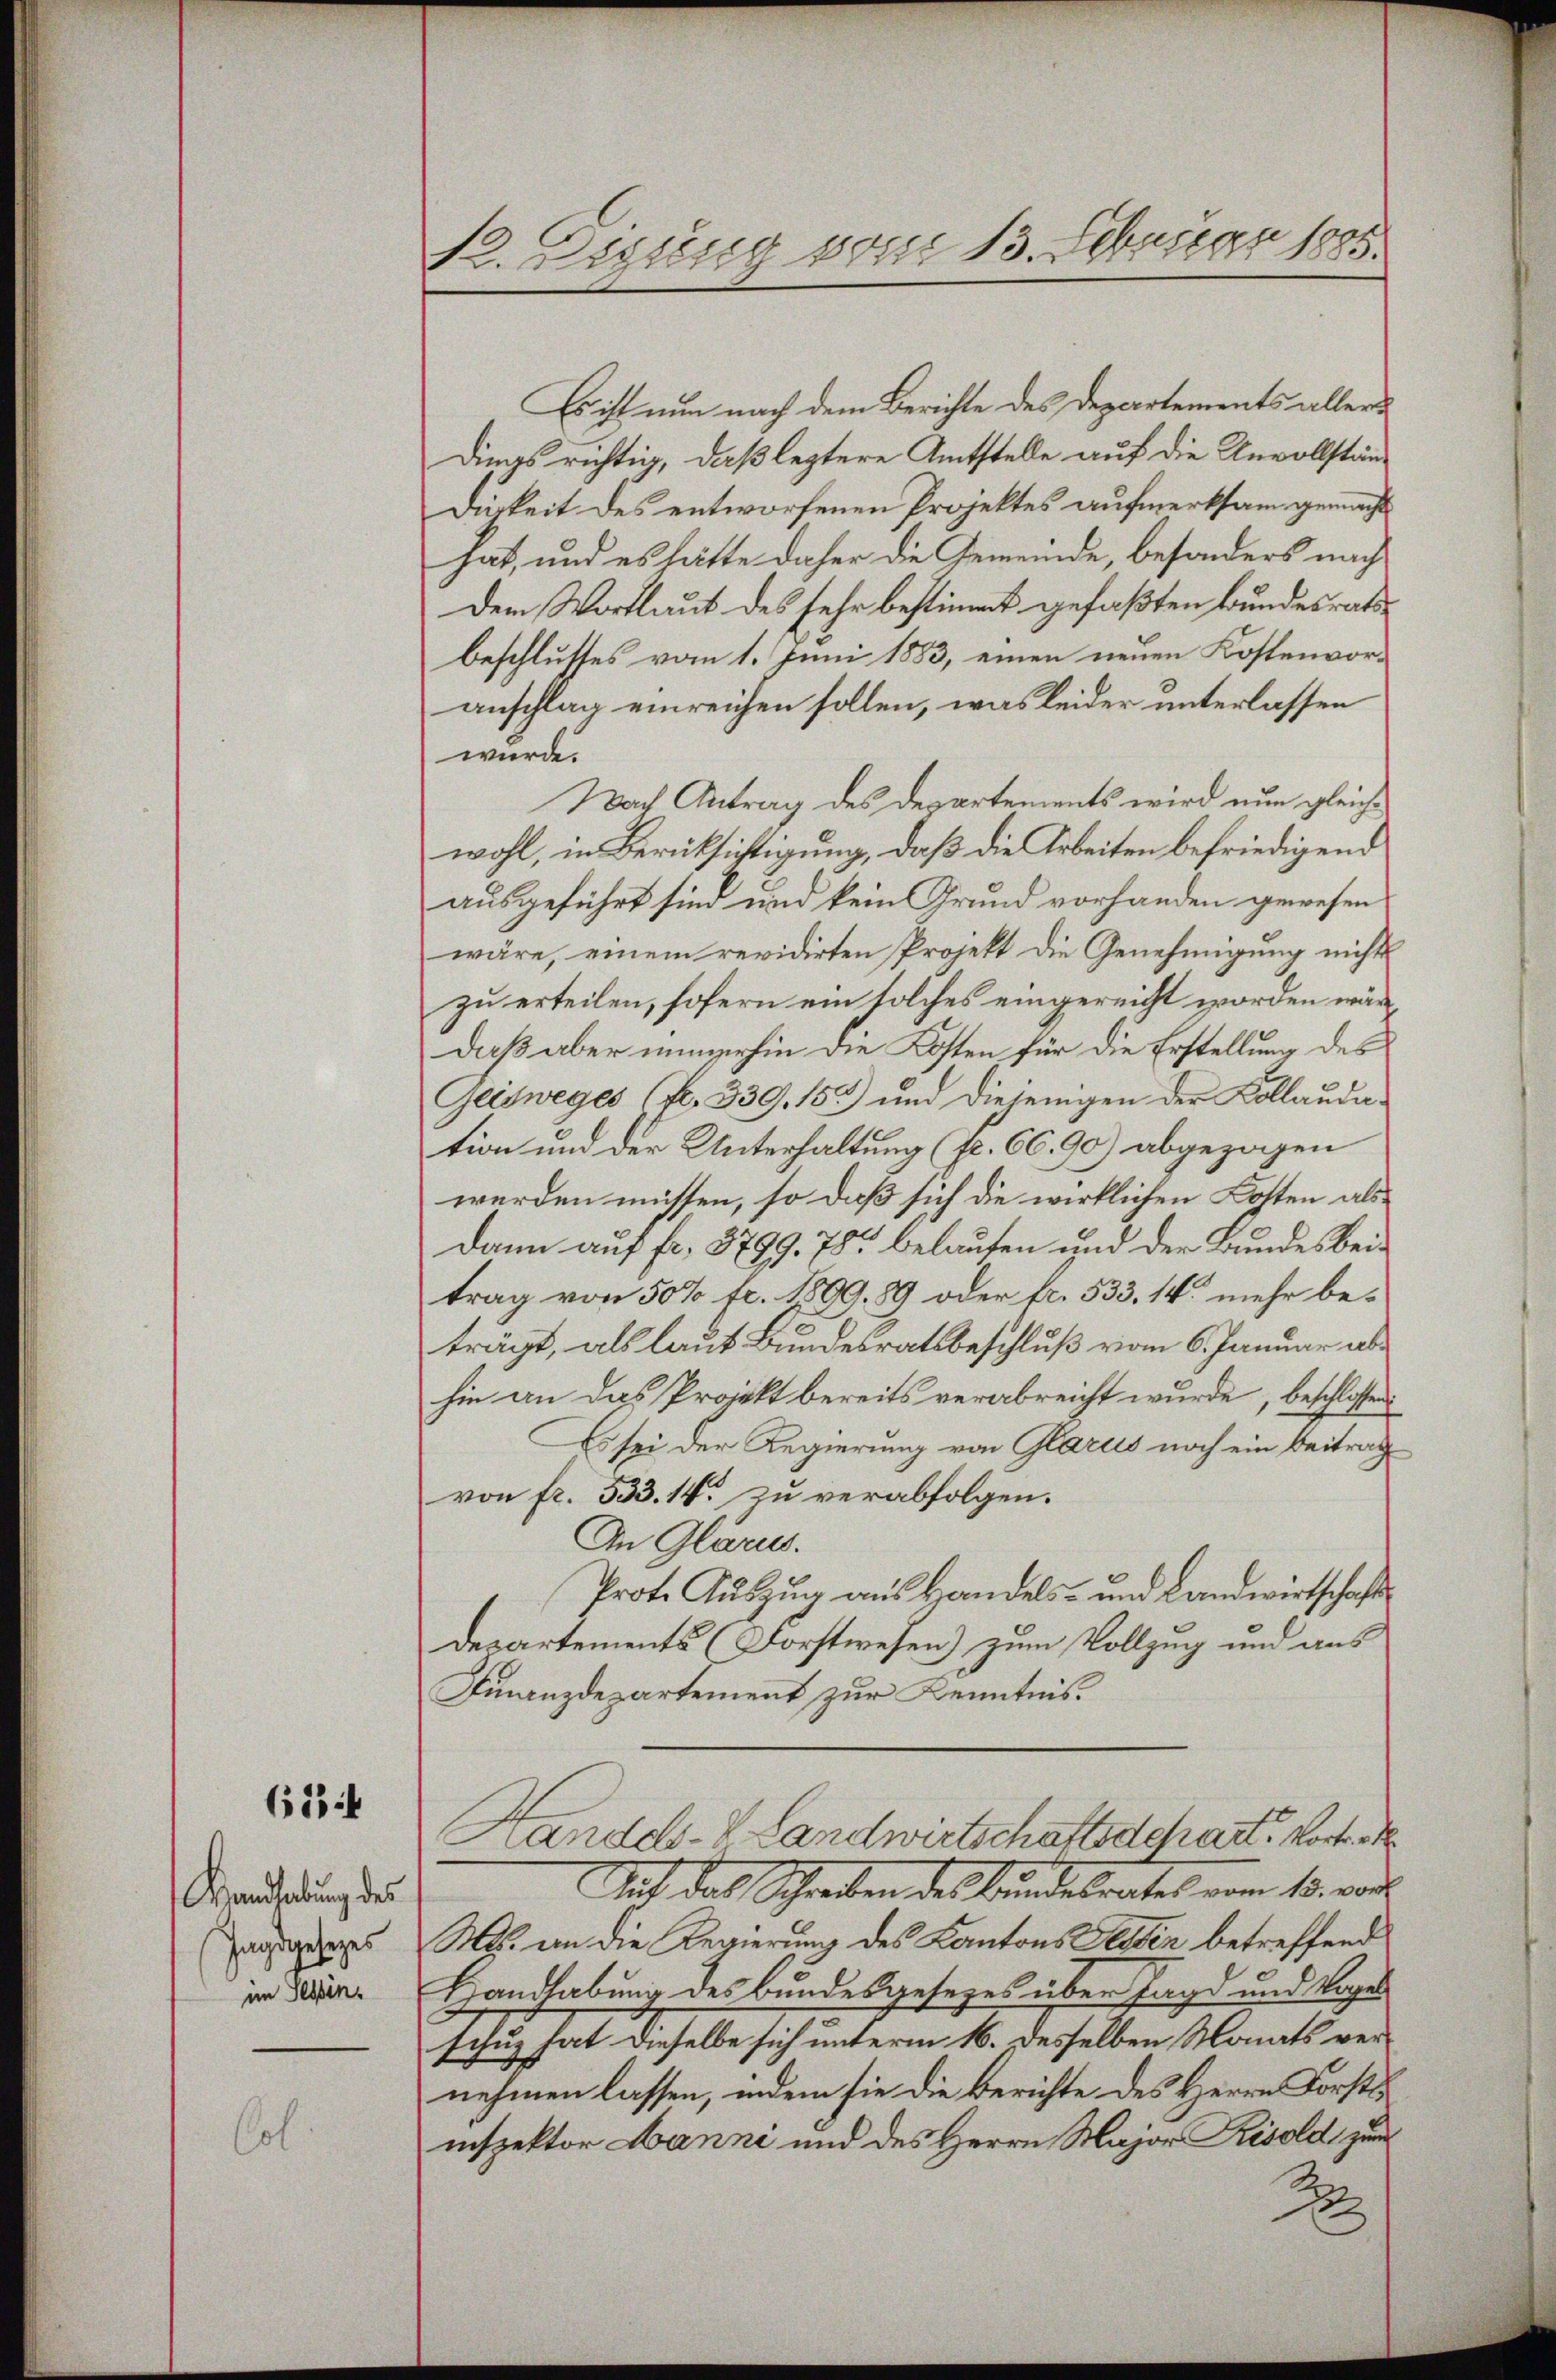
623

Wandhabung des
Jagsgesezes
im Tessin.

12. Derung vom 13. Februar 1885.

Es ist nun nach dem Berichte des Departements aller¬
Dinas richtig, daß leztere Amtstelle auf die Unvollständigkeit des entworfenen Projektes aufmerksam gemacht
hat, und es hätte daher die Gemeinde, besonders nach
Dem Wortlaut des sehr bestimmt gefaßten Bundesratsbeschlusses vom 1. Juni 1883, einen neuen Kostenvoranschlag einreichen sollen, was leider unterlassen
würde.
Nach Antrag des Departements wird nun gleiche
wohl, in Berücksichtigung, daß die Arbeiten befriedigend
ausgeführt sind und kein Grund vorhanden gewesen
wäre, einem revidirten Projekt die Genehmigung nicht
zu erteilen, sofern ein solches eingereicht worden wär
daß aber immerhin die Kosten für die Erstellung des
Geidweges (fl. 339. 153) und diejenigen der Kollauda-
tion und der Unterhaltung (fr. 66.90) abgezogen
werden müssen, so daß sich die wirklichen Kosten als
Dann auf fr. 3799. 78 belaufen und der Bundes beitrag von 50% fc. 1809. 89 oder fr. 533. 14. mehr beträgt, als laut Bundesratsbeschluß vom 6. Januar abhin an das Projekt bereits verabreicht wurde, beschlossen
Es sei der Regierung von Glarus noch ein Beitrag
von fr. 533. 14. zu verabfolgen.
An Glases.
Prote Aŭszŭg aŭs Handels- und Landwirtschafts-
Departements (Forstwesen) zum Vollzug und aus
Finanzdepartement zur Kenntnis.
Handels-V. Landwirtschaftsschart. Vorten
Mit das Schreiben des Bundesrates vom 15. von
Ms. an die Regierung des Kantons Tessin betreffend
Handhabung des Bundesgesezes über Jagd und Vogel
schuh hat dieselbe sich unterm 16. desselben Monats vernehmen lassen, indem sie die Berichte des Herrn Forstsinspektor Lanne und des Herrn Major Resold zum
2